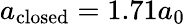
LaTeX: a_{\mathrm{closed}}=1.71a_{0}